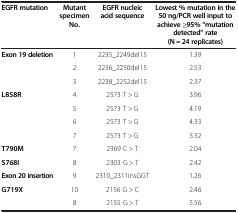
| EGFR mutation | Mutant specimen No. | EGFR nucleic acid sequence | Lowest % mutation in the 50 ng/PCR well input to achieve ≥95% “mutation detected” rate (N = 24 replicates) |
 | --- | --- | --- | --- |
 | <ROWSPAN=3> Exon 19 deletion | 1 | 2235_2249del15 | 1.39 |
 | 2 | 2236_2250del15 | 2.53 |
 | 3 | 2238_2252del15 | 2.37 |
 | <ROWSPAN=4> L858R | 4 | 2573 T > G | 3.96 |
 | 5 | 2573 T > G | 4.19 |
 | 6 | 2573 T > G | 4.33 |
 | 7 | 2573 T > G | 5.32 |
 | T790M | 7 | 2369 C > T | 2.04 |
 | S768I | 8 | 2303 G > T | 2.42 |
 | Exon 20 insertion | 9 | 2310_2311insGGT | 1.26 |
 | <ROWSPAN=2> G719X | 10 | 2156 G > C | 2.46 |
 | 8 | 2155 G > T | 5.56 |